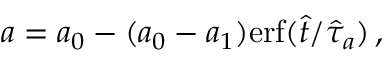
a = a _ { 0 } - ( a _ { 0 } - a _ { 1 } ) \mathrm { e r f } ( \hat { t } / \hat { \tau } _ { a } ) \, ,